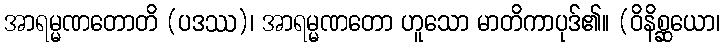
အာရမ္မဏတောတိ (ပဒဿ)၊ အာရမ္မဏတော ဟူသော မာတိကာပုဒ်၏။ (ဝိနိစ္ဆယော၊